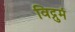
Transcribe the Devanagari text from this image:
विद्रुमं